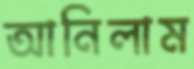
আনিলাম